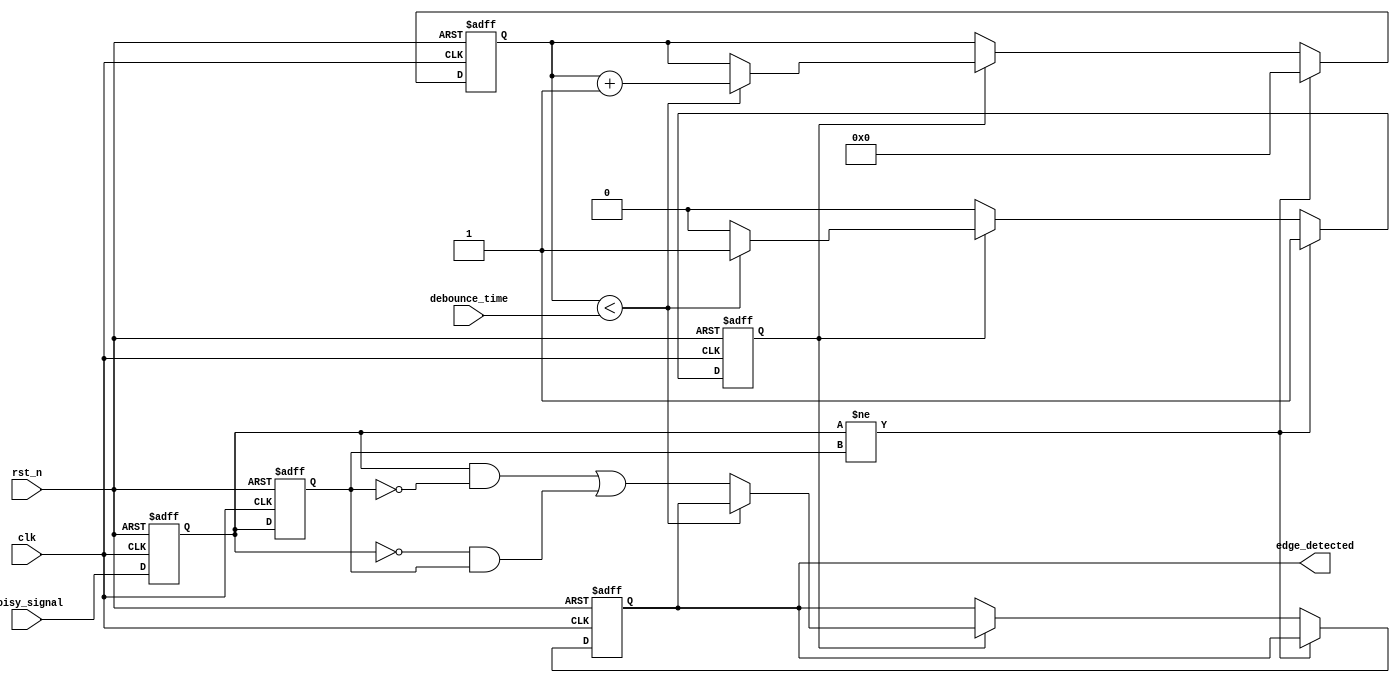
module debounced_edge_detector (
    input wire clk,                // Clock signal
    input wire rst_n,              // Active low reset
    input wire noisy_signal,       // Noisy input signal
    input wire [15:0] debounce_time, // Configurable debounce time (in clock cycles)
    output reg edge_detected       // Output signal indicating edge detection
);

    // State registers
    reg current_state;
    reg previous_state;

    // Debounce timer
    reg [15:0] debounce_counter;
    reg debounce_active;

    // Edge detection logic
    wire rising_edge = (current_state && !previous_state);
    wire falling_edge = (!current_state && previous_state);

    // State update and debounce logic
    always @(posedge clk or negedge rst_n) begin
        if (!rst_n) begin
            current_state <= 1'b0;
            previous_state <= 1'b0;
            debounce_counter <= 16'd0;
            debounce_active <= 1'b0;
            edge_detected <= 1'b0;
        end else begin
            // Update current state
            previous_state <= current_state;
            current_state <= noisy_signal;

            // Check for state change
            if (current_state != previous_state) begin
                // Reset debounce counter if there is a change
                debounce_counter <= 16'd0;
                debounce_active <= 1'b1;
            end else if (debounce_active) begin
                // Increment debounce counter
                if (debounce_counter < debounce_time) begin
                    debounce_counter <= debounce_counter + 1'b1;
                end else begin
                    // Debounce time expired, set edge_detected
                    edge_detected <= rising_edge || falling_edge;
                    debounce_active <= 1'b0; // Stop debounce timer
                end
            end
        end
    end

endmodule